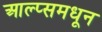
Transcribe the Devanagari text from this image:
आल्प्समधून